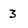
Character: 3